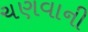
ચણવાની